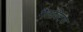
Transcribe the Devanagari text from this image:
गैलक्टिक